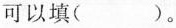
可以填( )。